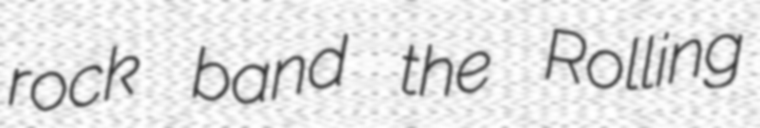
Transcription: rock band the Rolling